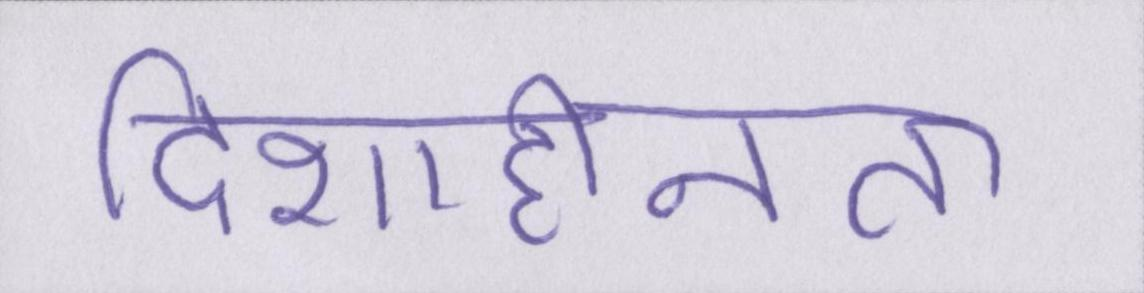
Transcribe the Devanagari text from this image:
दिशाहीनता